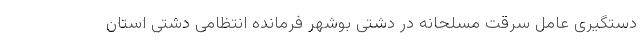
دستگیری عامل سرقت مسلحانه در دشتی بوشهر فرمانده انتظامی دشتی استان